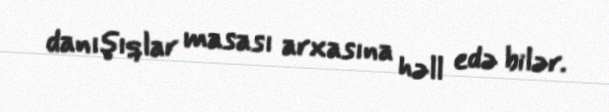
danışıqlar masası arxasına həll edə bilər.